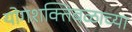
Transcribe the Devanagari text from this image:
योगशक्तिबळाच्या